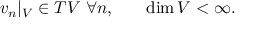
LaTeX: \begin{array} { l l } { { v _ { n } | _ { \cal V } \in { \cal T } { \cal V } \, \, \forall n , } } & { { \quad \mathrm { d i m } \, { \cal V } < \infty . } } \end{array}